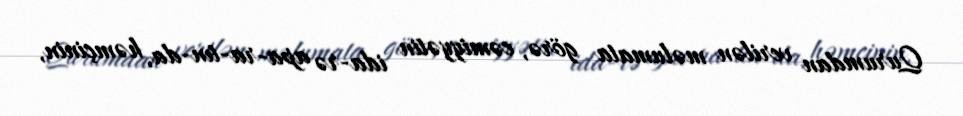
Qurumdan verilən məlumata görə, cəmiyyətin ida­rə apa­ra­tın­da, həmçinin,